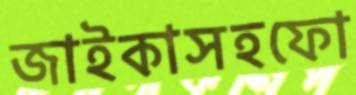
জাইকাসহফো